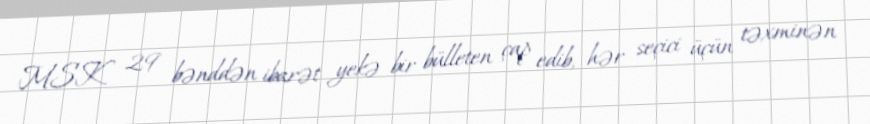
MSK 29 bənddən ibarət yekə bir bülleten çap edib, hər seçici üçün təxminən